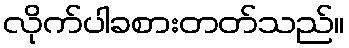
လိုက်ပါခစားတတ်သည်။